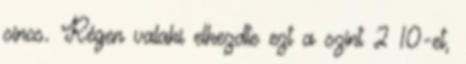
sincs. Régen valaki elkezdte ezt a szint 2 10-et,